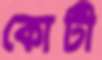
কোটী